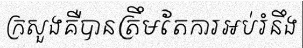
ក្រសួងគឺបានត្រឹមតែការអប់រំនឹង